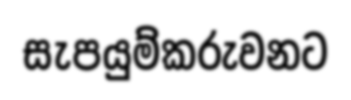
සැපයුම්කරුවනට